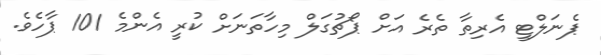
ޕެނަލްޓީ އެރިތާ ތެރެ އަށް ޕޯޗުގަލް މިހާތަނަށް ކުރީ އެންމެ 101 ޕާހެވެ.